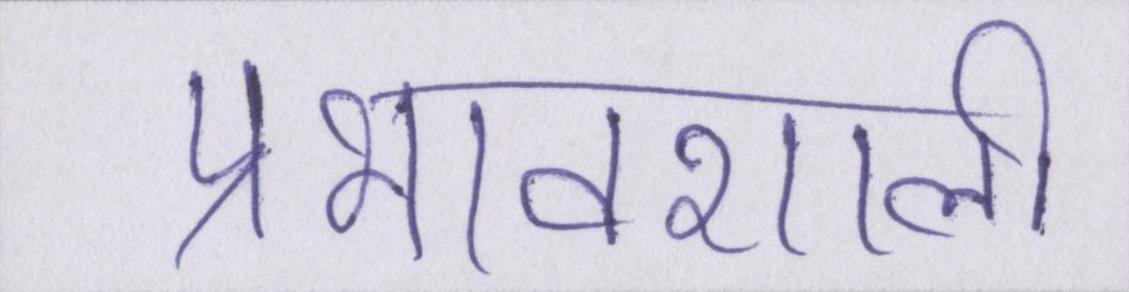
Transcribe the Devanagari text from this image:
प्रभावशाली